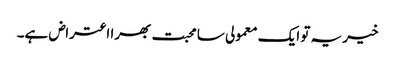
خیر یہ تو ایک معمولی سا محبت بھرا اعتراض ہے۔